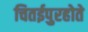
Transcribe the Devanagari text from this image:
चितईपुरहोते